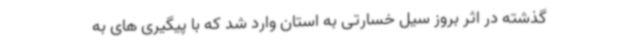
گذشته در اثر بروز سیل خسارتی به استان وارد شد که با پیگیری های به